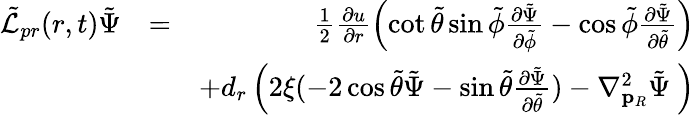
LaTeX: \begin{array}{rlr}{\tilde{\mathcal{L}}_{pr}(r,t)\tilde{\Psi}}&{=}&{\frac{1}{2}\frac{\partial u}{\partial r}\left(\cot{\tilde{\theta}}\sin{\tilde{\phi}}\frac{\partial\tilde{\Psi}}{\partial\tilde{\phi}}-\cos{\tilde{\phi}}\frac{\partial\tilde{\Psi}}{\partial\tilde{\theta}}\right)}\\ &{}&{+d_{r}\left(2\xi(-2\cos{\tilde{\theta}}\tilde{\Psi}-\sin{\tilde{\theta}}\frac{\partial\tilde{\Psi}}{\partial\tilde{\theta}})-\nabla_{\mathbf{p}_{R}}^{2}\tilde{\Psi}\ \right)}\end{array}